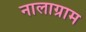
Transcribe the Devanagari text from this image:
नालाग्राम